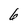
Character: 6